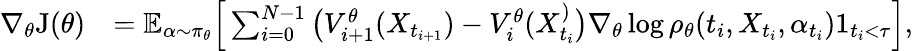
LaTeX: \begin{array}{rl}{\nabla_{\theta}\mathrm{J}(\theta)}&{=\mathbb{E}_{\alpha\sim\pi_{\theta}}\Big[\sum_{i=0}^{N-1}\big(V_{i+1}^{\theta}(X_{t_{i+1}})-V_{i}^{\theta}(X_{t_{i}}^)\big)\nabla_{\theta}\log\rho_{\theta}(t_{i},X_{t_{i}},\alpha_{t_{i}})1_{t_{i}<\tau}\Big],}\end{array}